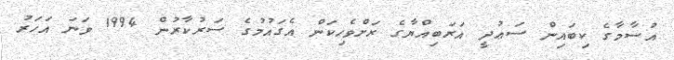
އުސާމާގެ ކިބައިން ސަޢުދީ އަރަބިއްޔާގެ ރަށްވެހިކަން އެގައުމުގެ ސަރުކާރުން 1994 ވަނަ އަހަރު